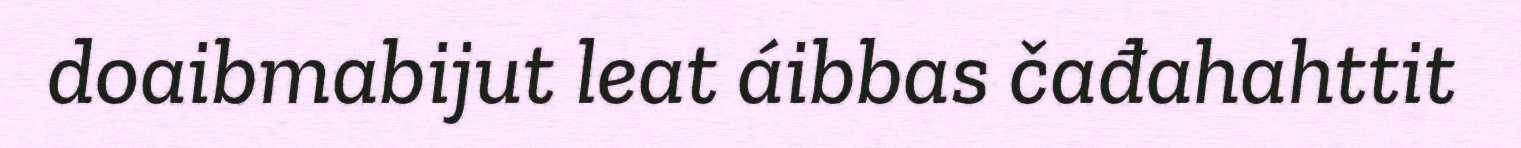
doaibmabijut leat áibbas čađahahttit